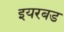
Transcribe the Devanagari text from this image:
इयरबड